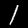
Digit: 1